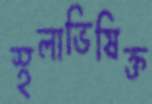
স্থলাভিষিক্ত